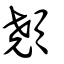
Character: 顤